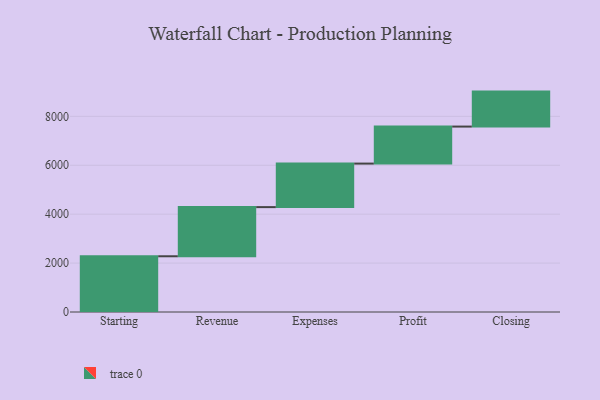
{"axis": {"x": "Step", "y": "Value"}, "legend": [""], "data": [{"x": "Starting", "y": 2279.0, "type": ""}, {"x": "Revenue", "y": 2010.0, "type": ""}, {"x": "Expenses", "y": 1780.0, "type": ""}, {"x": "Profit", "y": 1514.0, "type": ""}, {"x": "Closing", "y": 1430.0, "type": ""}]}